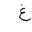
Letter: _gayn